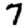
Digit: 7